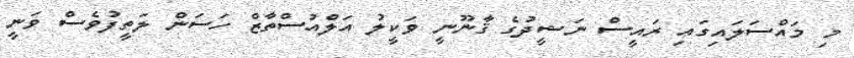
މި މައްސަލައިގައި ރައީސް ނަޝީދުގެ ޤާނޫނީ ވަކީލު އަލްއުސްތާޒް ހަސަން ލަތީފުވެސް ވަނީ